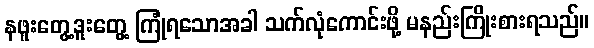
နဖူးတွေ့ဒူးတွေ့ ကြုံရသောအခါ သက်လုံကောင်းဖို့ မနည်းကြိုးစားရသည်။